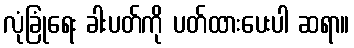
လုံခြုံရေး ခါးပတ်ကို ပတ်ထားပေးပါ ဆရာ။